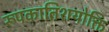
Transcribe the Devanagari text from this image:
रूपकातिशयोक्ति